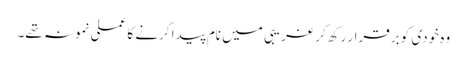
وہ خودی کو برقرار رکھ کر غریبی میں نام پیدا کرنے کا عملی نمونہ تھے۔